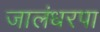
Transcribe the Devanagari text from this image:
जालंधरपा